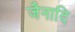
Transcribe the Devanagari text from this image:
जैनादि